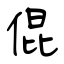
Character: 倱